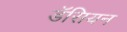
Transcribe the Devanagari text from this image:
डॅसियन